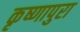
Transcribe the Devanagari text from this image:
कृष्णापुरा